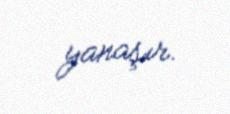
yanaşır.